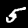
Label: 5